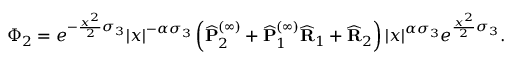
\Phi _ { 2 } = e ^ { - \frac { x ^ { 2 } } { 2 } \sigma _ { 3 } } | x | ^ { - \alpha \sigma _ { 3 } } \left( \widehat { \mathbf { P } } _ { 2 } ^ { ( \infty ) } + \widehat { \mathbf { P } } _ { 1 } ^ { ( \infty ) } \widehat { \mathbf { R } } _ { 1 } + \widehat { \mathbf { R } } _ { 2 } \right) | x | ^ { \alpha \sigma _ { 3 } } e ^ { \frac { x ^ { 2 } } { 2 } \sigma _ { 3 } } .